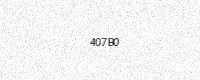
Text: 407B0